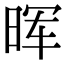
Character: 晖